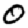
Digit: 0